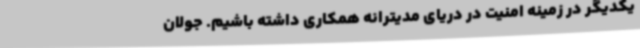
یکدیگر در زمینه امنیت در دریای مدیترانه همکاری داشته باشیم. جولان